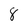
Character: 8